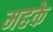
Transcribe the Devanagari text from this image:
महके